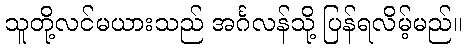
သူတို့လင်မယားသည် အင်္ဂလန်သို့ ပြန်ရလိမ့်မည်။